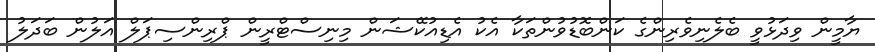
ޔާމީން ވިދަޅުވީ ބެލެނިވެރިންގެ ކަންބޮޑުވުންތަކާ އެކު އެޑިއުކޭޝަން މިނިސްޓްރީން ޕްރިންސިޕަލް އަލުން ބަދަލު